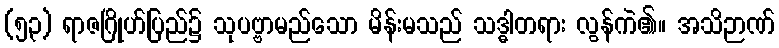
(၅၃) ရာဇဂြိုဟ်ပြည်၌ သုပဗ္ဗာမည်သော မိန်းမသည် သဒ္ဓါတရား လွန်ကဲ၏။ အသိဉာဏ်